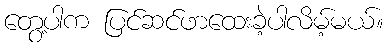
တွေ့ပါက ပြင်ဆင်ဖာထေးခဲ့ပါလိမ့်မယ်။